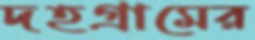
দহগ্রামের